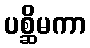
ပစ္ဆိမကာ